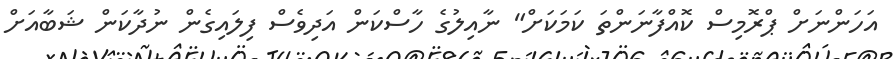
އަހަންނަށް ޕްރޮމިސް ކޮއްފާނަންތަ ކަމަކަށް" ނާއިލުގެ ހާސްކަން އަދިވެސް ފިލައިގެން ނުދާކަން ޝަބާއަށް